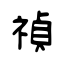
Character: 禎